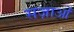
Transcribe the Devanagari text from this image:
सज़ाओं